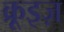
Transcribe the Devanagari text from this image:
क्रूइज़